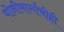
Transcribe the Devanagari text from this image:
योनीमार्गाचीही